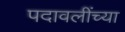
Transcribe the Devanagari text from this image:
पदावलींच्या